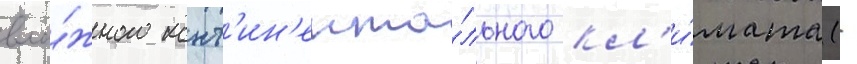
вла́жного конт'ин'ента́льного кл'и́мата (-